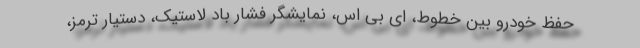
حفظ خودرو بین خطوط، ای بی اس، نمایشگر فشار باد لاستیک، دستیار ترمز،